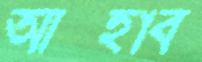
আস্হাব